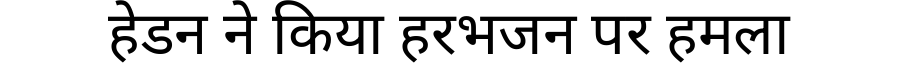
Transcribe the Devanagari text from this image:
हेडन ने किया हरभजन पर हमला